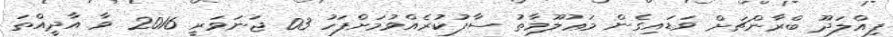
ފިއްލަދޫ ބްރާންޗަށް ވަޑައިގެން މަޢުލޫމާތު ސާފުކުރެއްވުމަށްފަހު 03 ޖަނަވަރީ 2016 ވާ އާދީއްތަ